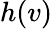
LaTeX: h(v)